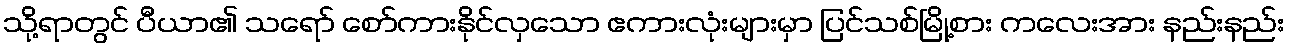
သို့ရာတွင် ပီယာ၏ သရော် စော်ကားနိုင်လှသော ဧကားလုံးများမှာ ပြင်သစ်မြို့စား ကလေးအား နည်းနည်း